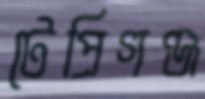
টেপ্রিগঞ্জ